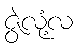
ဇွဲလုံ့လ